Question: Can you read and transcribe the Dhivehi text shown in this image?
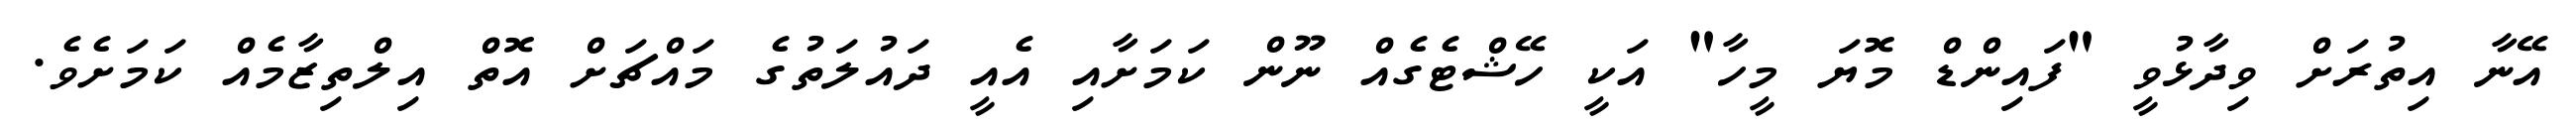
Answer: އޭނާ އިތުރަށް ވިދާޅުވީ "ފައިންޑް މޮޔަ މީހާ" އަކީ ހޭޝްޓެގެއް ނޫން ކަމަށާއި އެއީ ދައުލަތުގެ މައްޗަށް އޮތް އިލްތިޒާމެއް ކަމަށެވެ.